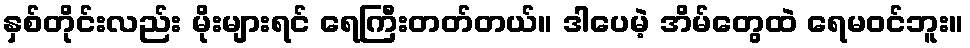
နှစ်တိုင်းလည်း မိုးများရင် ရေကြီးတတ်တယ်။ ဒါပေမဲ့ အိမ်တွေထဲ ရေမဝင်ဘူး။